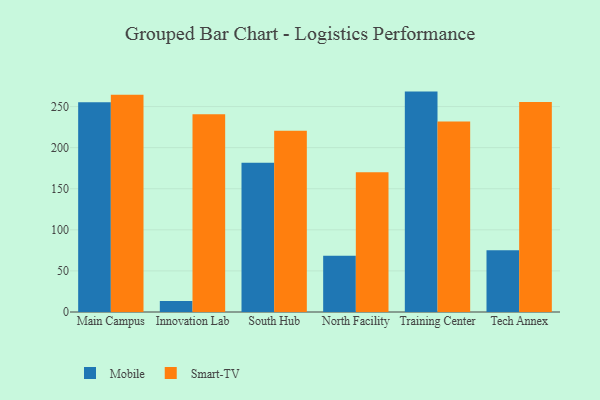
{"axis": {"x": "Campus", "y": "Revenue (USD Million)"}, "legend": ["Mobile", "Smart-TV"], "data": [{"x": "Main Campus", "y": 255.1, "type": "Mobile"}, {"x": "Main Campus", "y": 264.4, "type": "Smart-TV"}, {"x": "Innovation Lab", "y": 13.3, "type": "Mobile"}, {"x": "Innovation Lab", "y": 240.6, "type": "Smart-TV"}, {"x": "South Hub", "y": 181.5, "type": "Mobile"}, {"x": "South Hub", "y": 220.5, "type": "Smart-TV"}, {"x": "North Facility", "y": 68.3, "type": "Mobile"}, {"x": "North Facility", "y": 170.2, "type": "Smart-TV"}, {"x": "Training Center", "y": 268.2, "type": "Mobile"}, {"x": "Training Center", "y": 231.7, "type": "Smart-TV"}, {"x": "Tech Annex", "y": 75.0, "type": "Mobile"}, {"x": "Tech Annex", "y": 255.4, "type": "Smart-TV"}]}